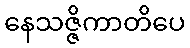
နေသဇ္ဇိကာတိပေ